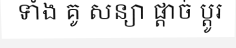
ទាំង គូ សន្យា ផ្តាច់ ប្តូរ